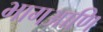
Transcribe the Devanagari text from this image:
भागआणि